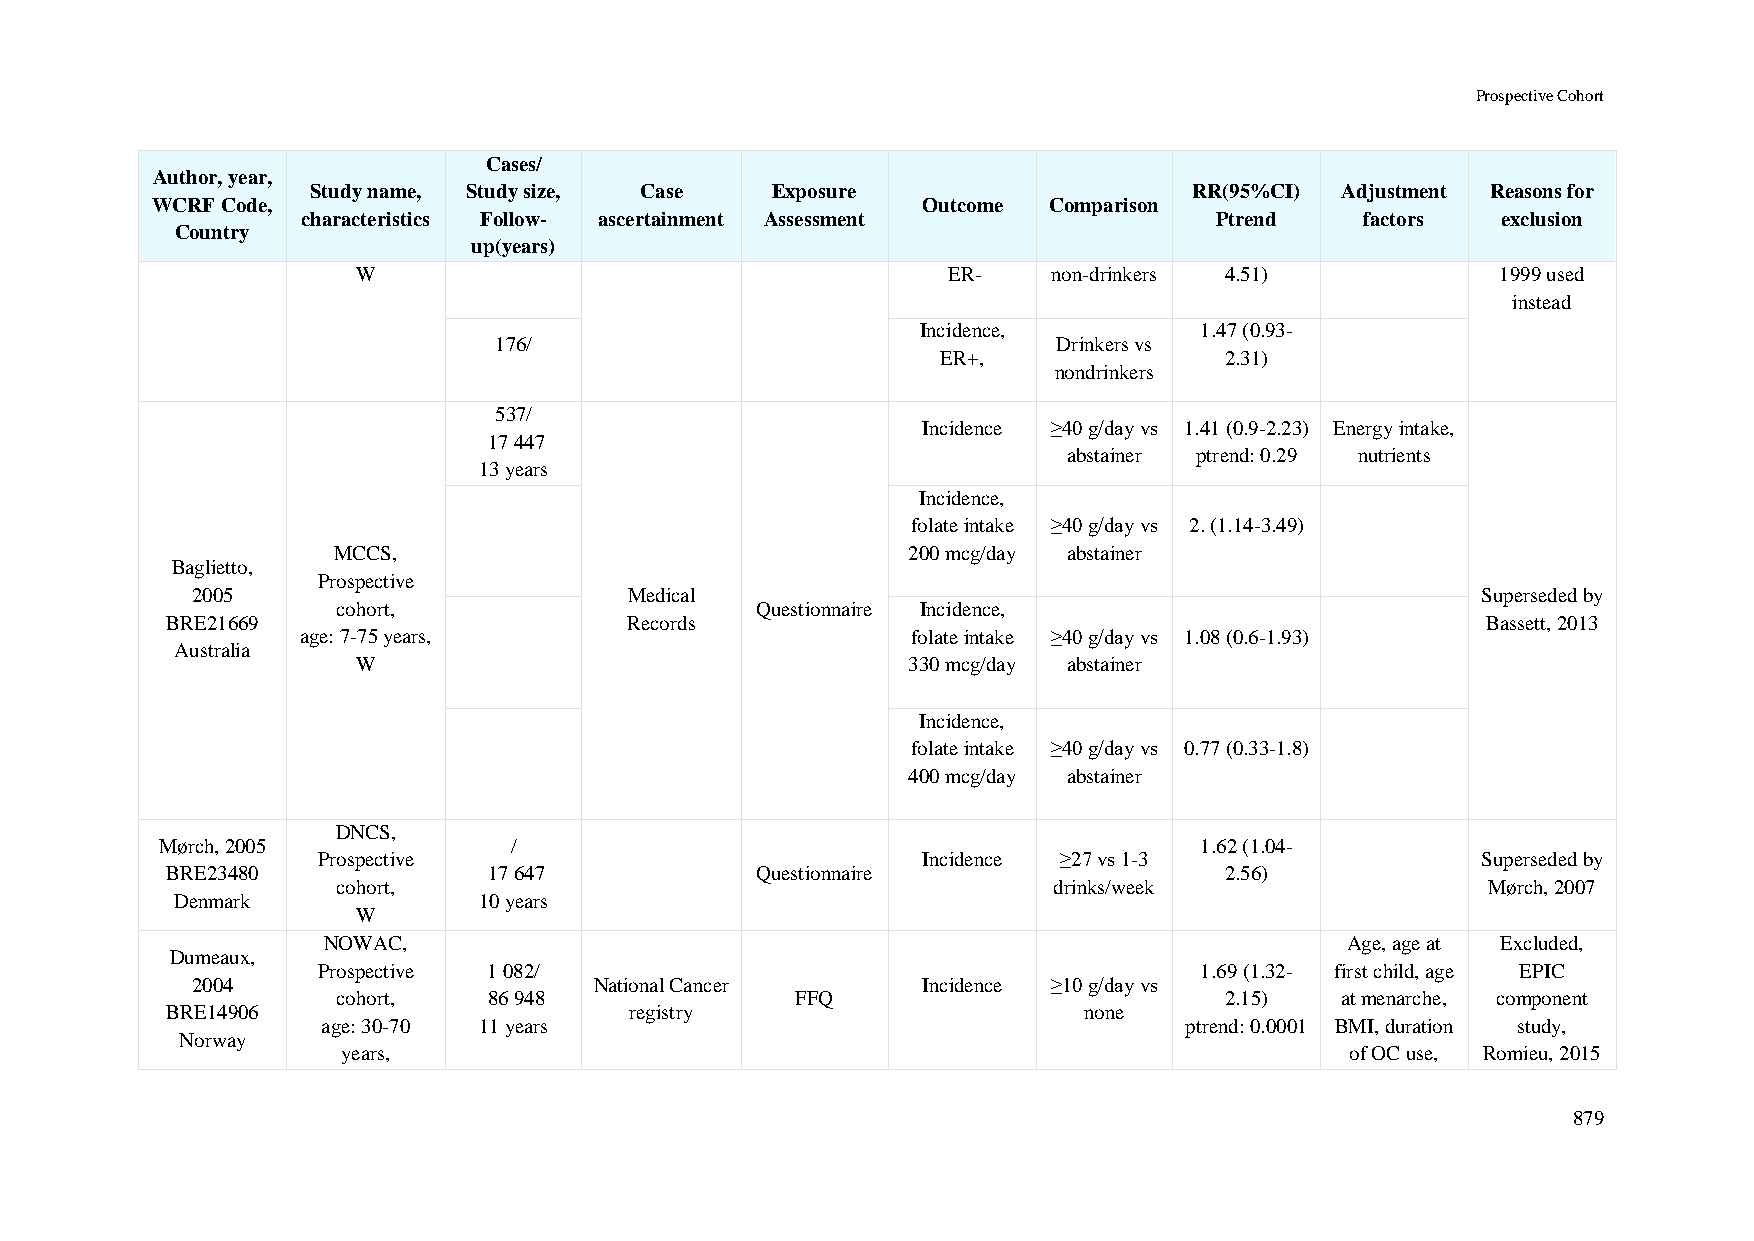
Prospective Cohort
 Cases/
 Author, year,
 Study name, Study size, Case  Exposure                    RR(95%CI) Adjustment Reasons for
 WCRF Code,                                         Outcome Comparison
 characteristics Follow- ascertainment Assessment            Ptrend    factors  exclusion
 Country
 up(years)
 W                                      ER-    non-drinkers 4.51)           1999 used
 instead
 Incidence,        1.47 (0.93-
 176/                                 Drinkers vs
 ER+,               2.31)
 nondrinkers
 537/
 Incidence ≥40 g/day vs 1.41 (0.9-2.23) Energy intake,
 17 447
 abstainer ptrend: 0.29 nutrients
 13 years
 Incidence,
 folate intake ≥40 g/day vs 2. (1.14-3.49)
 MCCS,                                 200 mcg/day abstainer
 Baglietto,
 Prospective
 2005                         Medical                                                 Superseded by
 cohort,                     Questionnaire Incidence,
 BRE21669                       Records                                                 Bassett, 2013
 age: 7-75 years,                        folate intake ≥40 g/day vs 1.08 (0.6-1.93)
 Australia
 W                                   330 mcg/day abstainer
 Incidence,
 folate intake ≥40 g/day vs 0.77 (0.33-1.8)
 400 mcg/day abstainer
 DNCS,
 Mørch, 2005            /                                            1.62 (1.04-
 Prospective                             Incidence ≥27 vs 1-3                 Superseded by
 BRE23480             17 647            Questionnaire                  2.56)
 cohort,                                         drinks/week                  Mørch, 2007
 Denmark             10 years
 W
 NOWAC,                                                              Age, age at Excluded,
 Dumeaux,
 Prospective 1 082/                                        1.69 (1.32- first child, age EPIC
 2004                      National Cancer       Incidence ≥10 g/day vs
 cohort,   86 948               FFQ                         2.15)   at menarche, component
 BRE14906                       registry                      none
 age: 30-70 11 years                                      ptrend: 0.0001 BMI, duration study,
 Norway
 years,                                                            of OC use, Romieu, 2015
 879